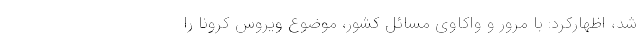
شد، اظهارکرد:‌ با مرور و واکاوی مسائل کشور، موضوع ویروس کرونا را